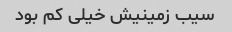
سیب زمینیش خیلی کم بود